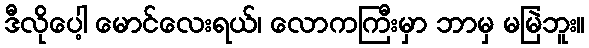
ဒီလိုပေါ့ မောင်လေးရယ်၊ လောကကြီးမှာ ဘာမှ မမြဲဘူး။